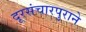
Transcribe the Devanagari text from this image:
दूरसंचारपुराने